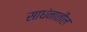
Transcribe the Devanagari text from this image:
साधंनातील